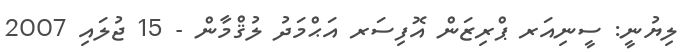
ލިޔުނީ: ސީނިއަރ ޕްރިޒަން އޮފިސަރ އަޙްމަދު ލުޤްމާން - 15 ޖުލައި 2007